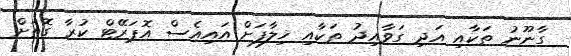
ގާނޫނު ތަކާއި އަދި ގަވާއިދު ތަކާއި ޚިލާފަށް އައިއެސް އޮޕަރޭޓް ކުރާ ގޮތަށް